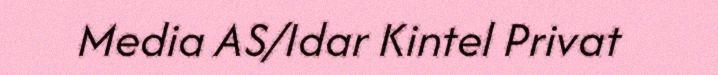
Media AS/Idar Kintel Privat